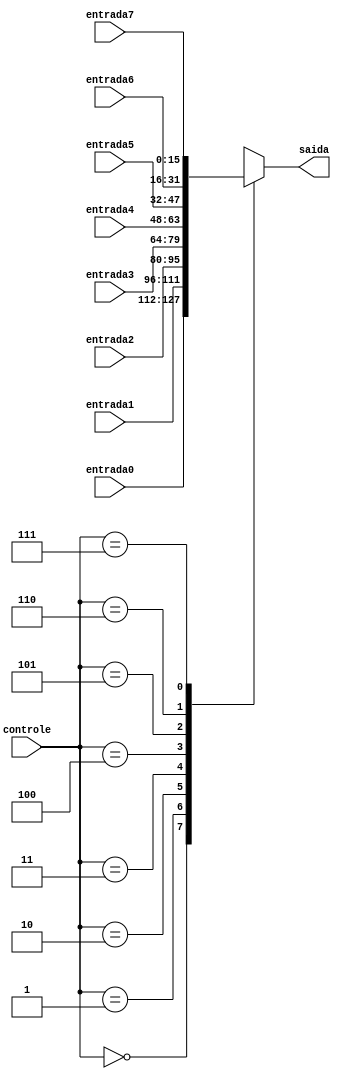
module multiplexador (input [15:0] entrada0,entrada1, entrada2, entrada3, entrada4, entrada5,entrada6, entrada7, 
                      input [2:0] controle, 
                      output reg [15:0]saida);
  
  always @(entrada0,entrada1, entrada2, entrada3, entrada4, entrada5,entrada6, entrada7)
    case (controle)
      0 : saida <= entrada0;
      1 : saida <= entrada1;
      2 : saida <= entrada2;
      3 : saida <= entrada3;
      4 : saida <= entrada4;
      5 : saida <= entrada5;
      6 : saida <= entrada6;
      7 : saida <= entrada7;
      default : saida <= entrada0;
    endcase
  endmodule